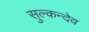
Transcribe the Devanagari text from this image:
सुल्कन्देव